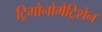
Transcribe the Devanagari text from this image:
ट्रिगोनोमेट्रिशेन